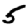
Digit: 5